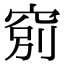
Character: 𥦂